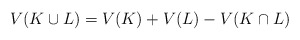
\begin{align*} V(K \cup L) = V(K) + V(L) - V(K\cap L)\end{align*}